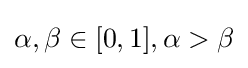
\alpha ,\beta \in [0,1],\alpha >\beta